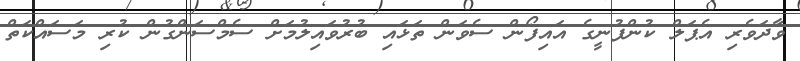
ވާދަވެރި އެޕަލް ކުންފުނީގެ އައިފޯން ސެވަން ތަޅައި ބުރުވައިލުމަށް ސެމްސަންގުން ކުރި މަސައްކަތް